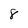
Character: 8